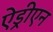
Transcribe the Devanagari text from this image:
ऐड्रीएन